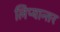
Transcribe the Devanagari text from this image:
लिप्यान्तर